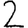
Digit: 2